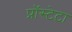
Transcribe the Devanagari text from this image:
प्रॉस्टेटा